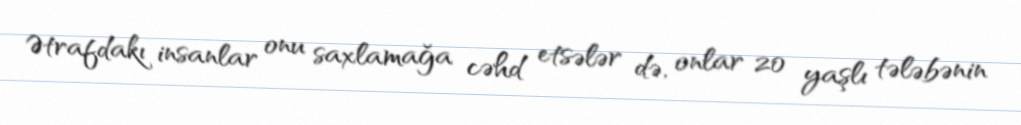
Ətrafdakı insanlar onu saxlamağa cəhd etsələr də, onlar 20 yaşlı tələbənin